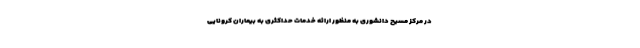
در مرکز مسیح دانشوری به منظور ارائه خدمات حداکثری به بیماران کرونایی